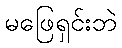
မဖြေရှင်းဘဲ